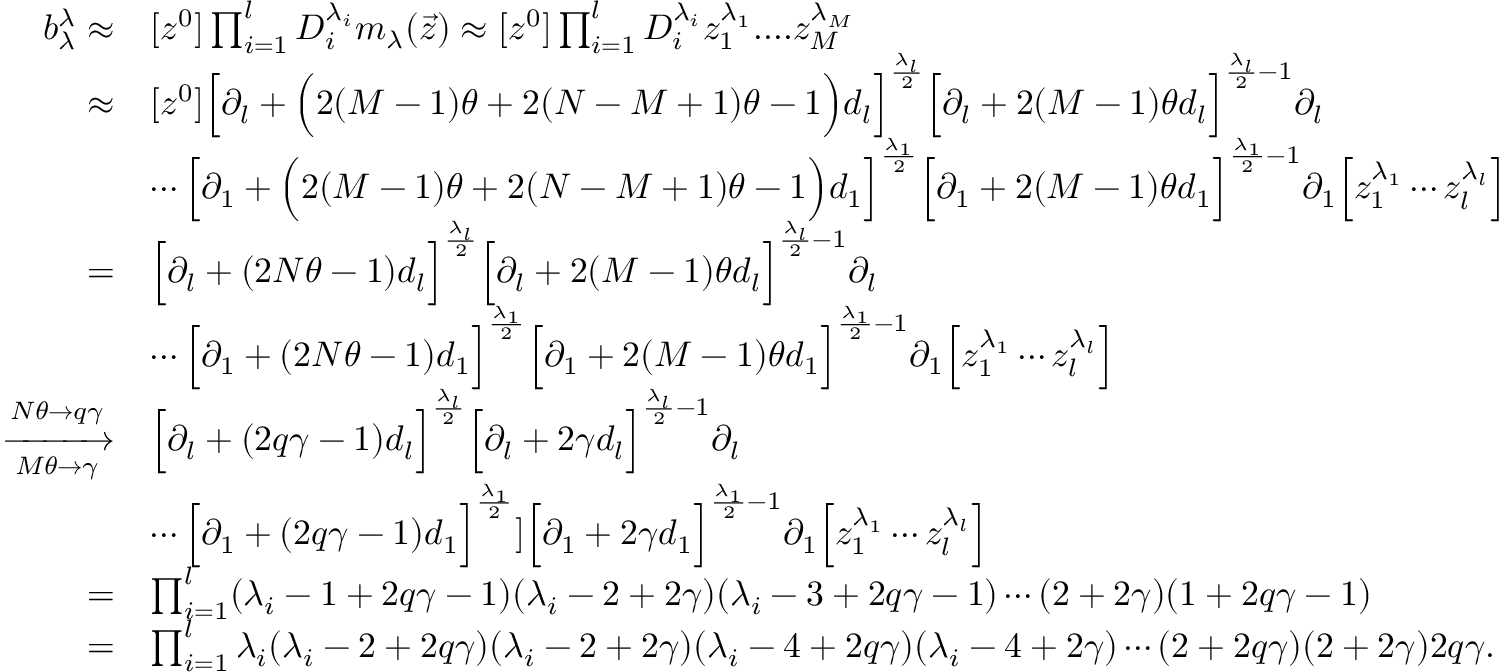
\begin{array} { r l } { b _ { \lambda } ^ { \lambda } \approx } & { [ z ^ { 0 } ] \prod _ { i = 1 } ^ { l } D _ { i } ^ { \lambda _ { i } } m _ { \lambda } ( \Vec { z } ) \approx [ z ^ { 0 } ] \prod _ { i = 1 } ^ { l } D _ { i } ^ { \lambda _ { i } } z _ { 1 } ^ { \lambda _ { 1 } } . . . . z _ { M } ^ { \lambda _ { M } } } \\ { \approx } & { [ z ^ { 0 } ] \Big [ \partial _ { l } + \Big ( 2 ( M - 1 ) \theta + 2 ( N - M + 1 ) \theta - 1 \Big ) d _ { l } \Big ] ^ { \frac { \lambda _ { l } } { 2 } } \Big [ \partial _ { l } + 2 ( M - 1 ) \theta d _ { l } \Big ] ^ { \frac { \lambda _ { l } } { 2 } - 1 } \partial _ { l } } \\ & { \cdots \Big [ \partial _ { 1 } + \Big ( 2 ( M - 1 ) \theta + 2 ( N - M + 1 ) \theta - 1 \Big ) d _ { 1 } \Big ] ^ { \frac { \lambda _ { 1 } } { 2 } } \Big [ \partial _ { 1 } + 2 ( M - 1 ) \theta d _ { 1 } \Big ] ^ { \frac { \lambda _ { 1 } } { 2 } - 1 } \partial _ { 1 } \Big [ z _ { 1 } ^ { \lambda _ { 1 } } \cdots z _ { l } ^ { \lambda _ { l } } \Big ] } \\ { = } & { \Big [ \partial _ { l } + ( 2 N \theta - 1 ) d _ { l } \Big ] ^ { \frac { \lambda _ { l } } { 2 } } \Big [ \partial _ { l } + 2 ( M - 1 ) \theta d _ { l } \Big ] ^ { \frac { \lambda _ { l } } { 2 } - 1 } \partial _ { l } } \\ & { \cdots \Big [ \partial _ { 1 } + ( 2 N \theta - 1 ) d _ { 1 } \Big ] ^ { \frac { \lambda _ { 1 } } { 2 } } \Big [ \partial _ { 1 } + 2 ( M - 1 ) \theta d _ { 1 } \Big ] ^ { \frac { \lambda _ { 1 } } { 2 } - 1 } \partial _ { 1 } \Big [ z _ { 1 } ^ { \lambda _ { 1 } } \cdots z _ { l } ^ { \lambda _ { l } } \Big ] } \\ { \xrightarrow [ M \theta \rightarrow \gamma ] { N \theta \rightarrow q \gamma } } & { \Big [ \partial _ { l } + ( 2 q \gamma - 1 ) d _ { l } \Big ] ^ { \frac { \lambda _ { l } } { 2 } } \Big [ \partial _ { l } + 2 \gamma d _ { l } \Big ] ^ { \frac { \lambda _ { l } } { 2 } - 1 } \partial _ { l } } \\ & { \cdots \Big [ \partial _ { 1 } + ( 2 q \gamma - 1 ) d _ { 1 } \Big ] ^ { \frac { \lambda _ { 1 } } { 2 } } ] \Big [ \partial _ { 1 } + 2 \gamma d _ { 1 } \Big ] ^ { \frac { \lambda _ { 1 } } { 2 } - 1 } \partial _ { 1 } \Big [ z _ { 1 } ^ { \lambda _ { 1 } } \cdots z _ { l } ^ { \lambda _ { l } } \Big ] } \\ { = } & { \prod _ { i = 1 } ^ { l } ( \lambda _ { i } - 1 + 2 q \gamma - 1 ) ( \lambda _ { i } - 2 + 2 \gamma ) ( \lambda _ { i } - 3 + 2 q \gamma - 1 ) \cdots ( 2 + 2 \gamma ) ( 1 + 2 q \gamma - 1 ) } \\ { = } & { \prod _ { i = 1 } ^ { l } \lambda _ { i } ( \lambda _ { i } - 2 + 2 q \gamma ) ( \lambda _ { i } - 2 + 2 \gamma ) ( \lambda _ { i } - 4 + 2 q \gamma ) ( \lambda _ { i } - 4 + 2 \gamma ) \cdots ( 2 + 2 q \gamma ) ( 2 + 2 \gamma ) 2 q \gamma . } \end{array}